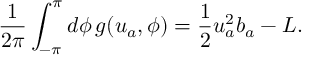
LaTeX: \frac { 1 } { 2 \pi } \int _ { - \pi } ^ { \pi } d \phi \, g ( u _ { a } , \phi ) = \frac { 1 } { 2 } u _ { a } ^ { 2 } b _ { a } - L .